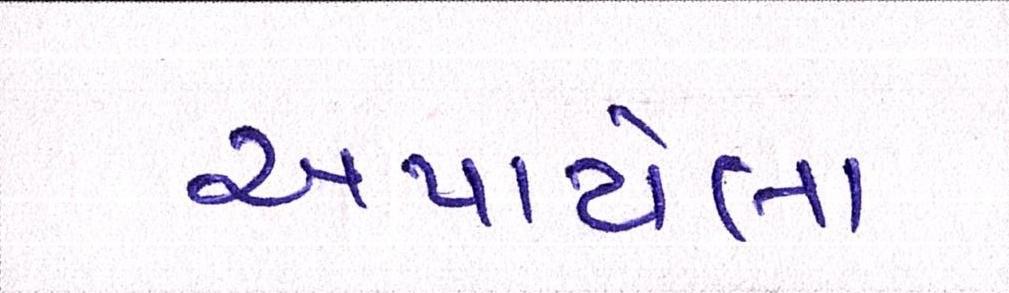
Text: અપાયેલા